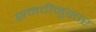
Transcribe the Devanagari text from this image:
सनदीनुसार